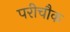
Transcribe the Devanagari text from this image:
परीचौक